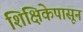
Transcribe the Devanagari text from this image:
शिक्षिकेपासून